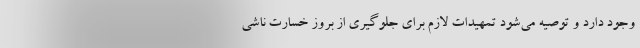
وجود دارد و توصیه می‌شود تمهیدات لازم برای جلوگیری از بروز خسارت ناشی